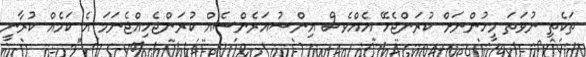
ތަކެތި ނުވަތަ މީހުންނަށް ކުރަންޖެހޭ އެއްވެސް އިންޝުއަރެންސެއް ކުރަންޖެހިއްޖެނަމަ އެ ކަމެއް ކުރާނީ